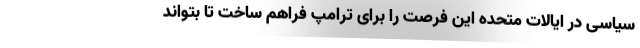
سیاسی در ایالات متحده این فرصت را برای ترامپ فراهم ساخت تا بتواند